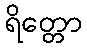
ရိတ္တော